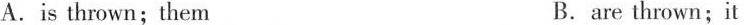
A.is thrown;them B.are thrown;it